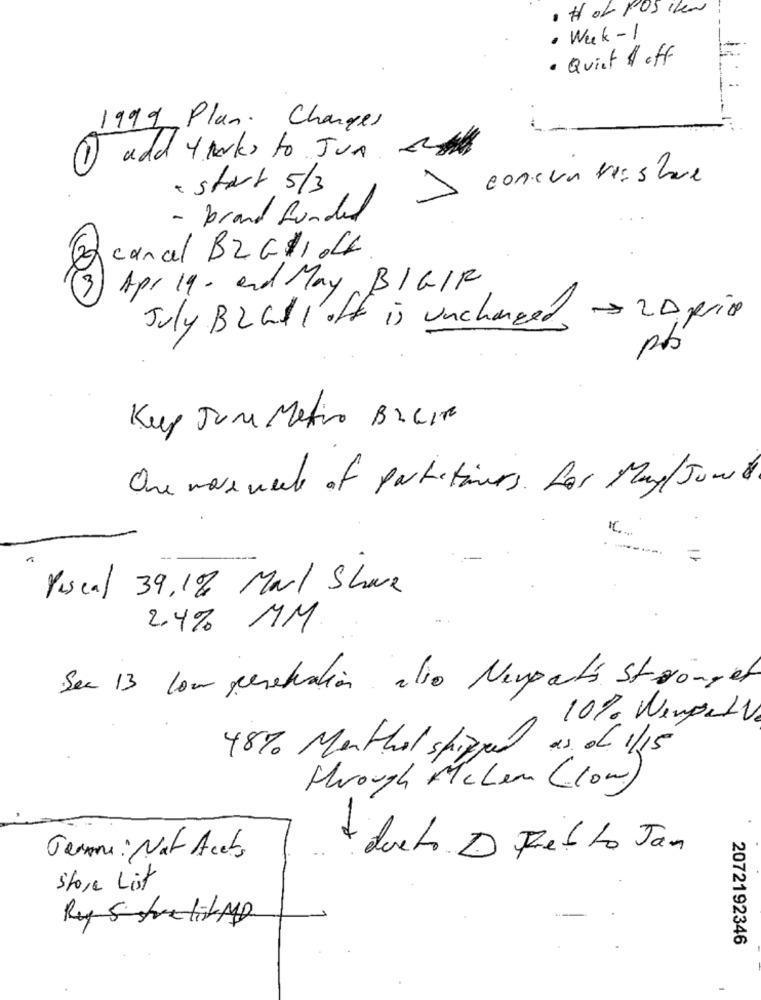
· Hof POS Iler
· Week-1
· Quiet & off
1999, Plan. Changes
add yworks to Jun
> concentrashare
· start 5/3
- brand funded
canal BZGL1044
3
Apr 19, and May BIGIR
July BraIl ott is unchanged & 2 Apric
Kup June Metico Breite
One more week of partitivers . For May/June .
=
Pascal 39,1% Marl Shave
2.4% MM
Ser 13 pour penetration die Neuparts Stronget
10% WempelV
48% Menthol shipped as df 1/15
Hrough Acham (low)
+ ducto. D Fel to Jan
Gerne : Not Arets
Store List
Ry Strelit Mg
2072192346